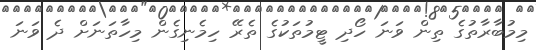
މިމުބާރާތުގެ ތިން ވަނަ ހޯދި ޓީމުތަކުގެ ތެރޭ ހިމެނިގެން މިހާތަނަށް ދެ ވަނަ